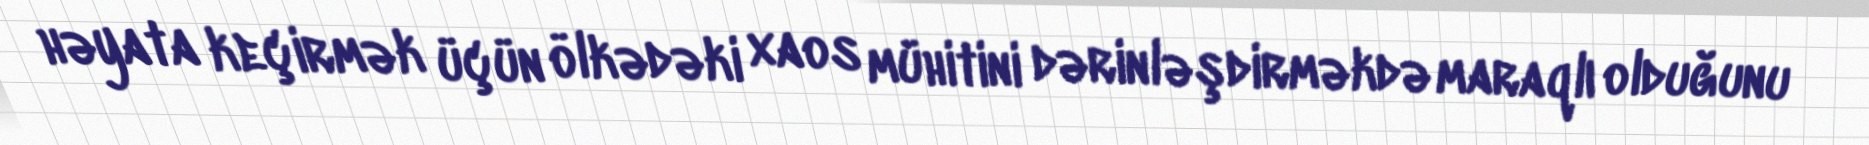
həyata keçirmək üçün ölkədəki xaos mühitini dərinləşdirməkdə maraqlı olduğunu